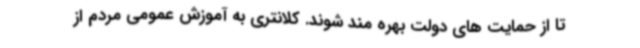
تا از حمایت های دولت بهره مند شوند. کلانتری به آموزش عمومی مردم از